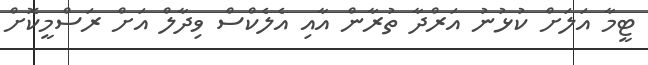
ޓީމާ އަލަށް ކުޅުނު އަރްދާ ތުރާން އާއި އެލެކްސް ވިދާލް އަށް ރަސްމީކޮށް